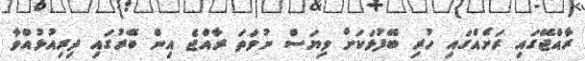
ރާއްޖޭގައި ރަށެއްގައި ހުރި ބޭފުޅަކަށް ވިޔަސް ނުވަތަ ރާއްޖެ އިން ބޭރުގައި ދިރިއުޅުއްވާ